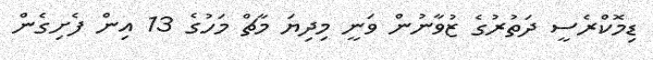
ޑިމޮކްރެސީ ދަތުރުގެ ޒުވާނުން ވަނީ މިދިޔަ މާޗް މަހުގެ 13 އިން ފެށިގެން